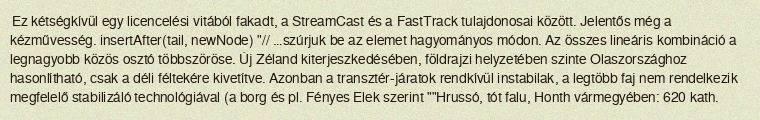
Ez kétségkívül egy licencelési vitából fakadt, a StreamCast és a FastTrack tulajdonosai között. Jelentős még a kézművesség. insertAfter(tail, newNode) "// …szúrjuk be az elemet hagyományos módon. Az összes lineáris kombináció a legnagyobb közös osztó többszöröse. Új Zéland kiterjeszkedésében, földrajzi helyzetében szinte Olaszországhoz hasonlítható, csak a déli féltekére kivetítve. Azonban a transztér-járatok rendkívül instabilak, a legtöbb faj nem rendelkezik megfelelő stabilizáló technológiával (a borg és pl. Fényes Elek szerint ""Hrussó, tót falu, Honth vármegyében: 620 kath.